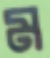
ম